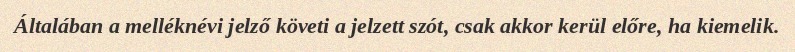
Általában a melléknévi jelző követi a jelzett szót, csak akkor kerül előre, ha kiemelik.